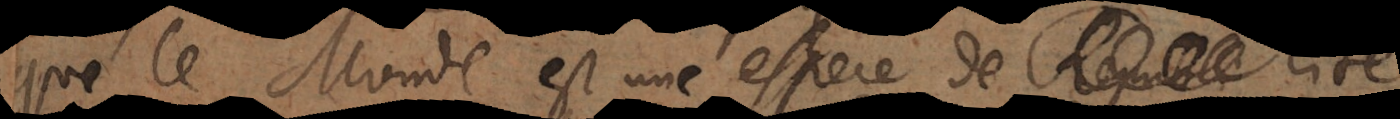
que le Monde est une espece de Republique